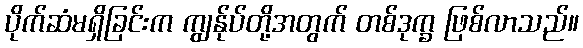
ပိုက်ဆံမရှိခြင်းက ကျွန်ုပ်တို့အတွက် တစ်ဒုက္ခ ဖြစ်လာသည်။